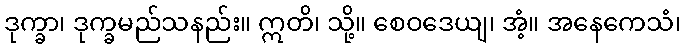
ဒုက္ခာ၊ ဒုက္ခမည်သနည်း။ ဣတိ၊ သို့။ စေဝဒေယျ၊ အံ့။ အနေကေသံ၊